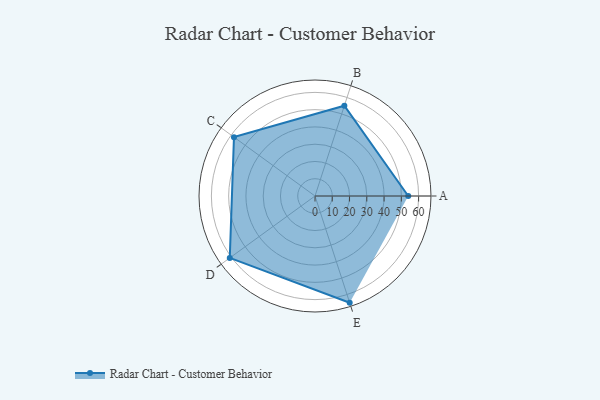
{"axis": {"x": "Skill", "y": "Score"}, "legend": ["Profile"], "data": [{"x": "A", "y": 54.0, "type": "Profile"}, {"x": "B", "y": 55.0, "type": "Profile"}, {"x": "C", "y": 58.0, "type": "Profile"}, {"x": "D", "y": 61.0, "type": "Profile"}, {"x": "E", "y": 65.0, "type": "Profile"}]}